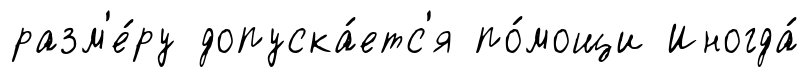
разм'е́ру допуска́етс'я по́мощи Иногда́